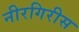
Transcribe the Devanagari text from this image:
नीरगिरीस